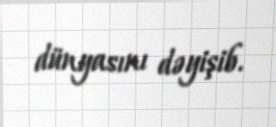
dünyasını dəyişib.